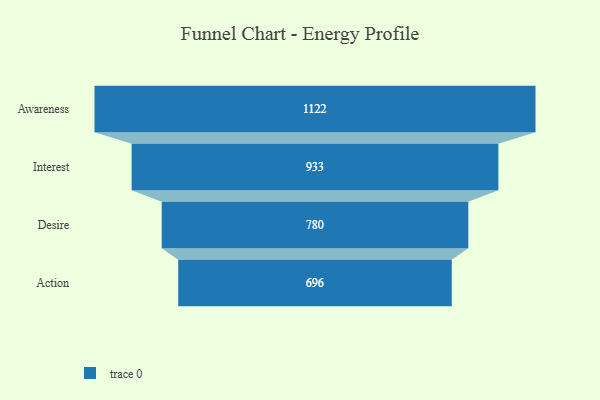
{"axis": {"x": "Stage", "y": "Value"}, "legend": [""], "data": [{"x": "Awareness", "y": 1122.0, "type": ""}, {"x": "Interest", "y": 933.0, "type": ""}, {"x": "Desire", "y": 780.0, "type": ""}, {"x": "Action", "y": 696.0, "type": ""}]}